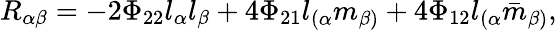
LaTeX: R_{\alpha\beta}=-2\Phi_{22}l_{\alpha}l_{\beta}+4\Phi_{21}l_{(\alpha}m_{\beta)}+4\Phi_{12}l_{(\alpha}{\bar{m}}_{\beta)},